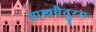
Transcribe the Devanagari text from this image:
शास्त्रवैदुय्य